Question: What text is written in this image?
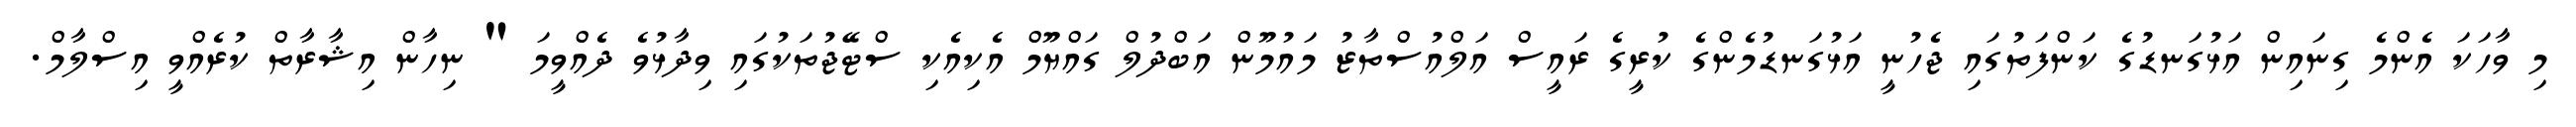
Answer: މި ވާހަކަ އެންމެ ގިނައިން އަޅުގަނޑުގެ ކަންފަތުގައި ޖެހުނީ އަޅުގަނޑުމެންގެ ކުރީގެ ރައީސް އަލްއުސްތާޒު މައުމޫން އަބްދުލް ގައްޔޫމް އެކިއެކި ސްޓޭޖުތަކުގައި ވިދާޅުވެ ދެއްވީމަ " ނިހާން އިޝާރާތް ކުރެއްވީ އިސްލާމް.